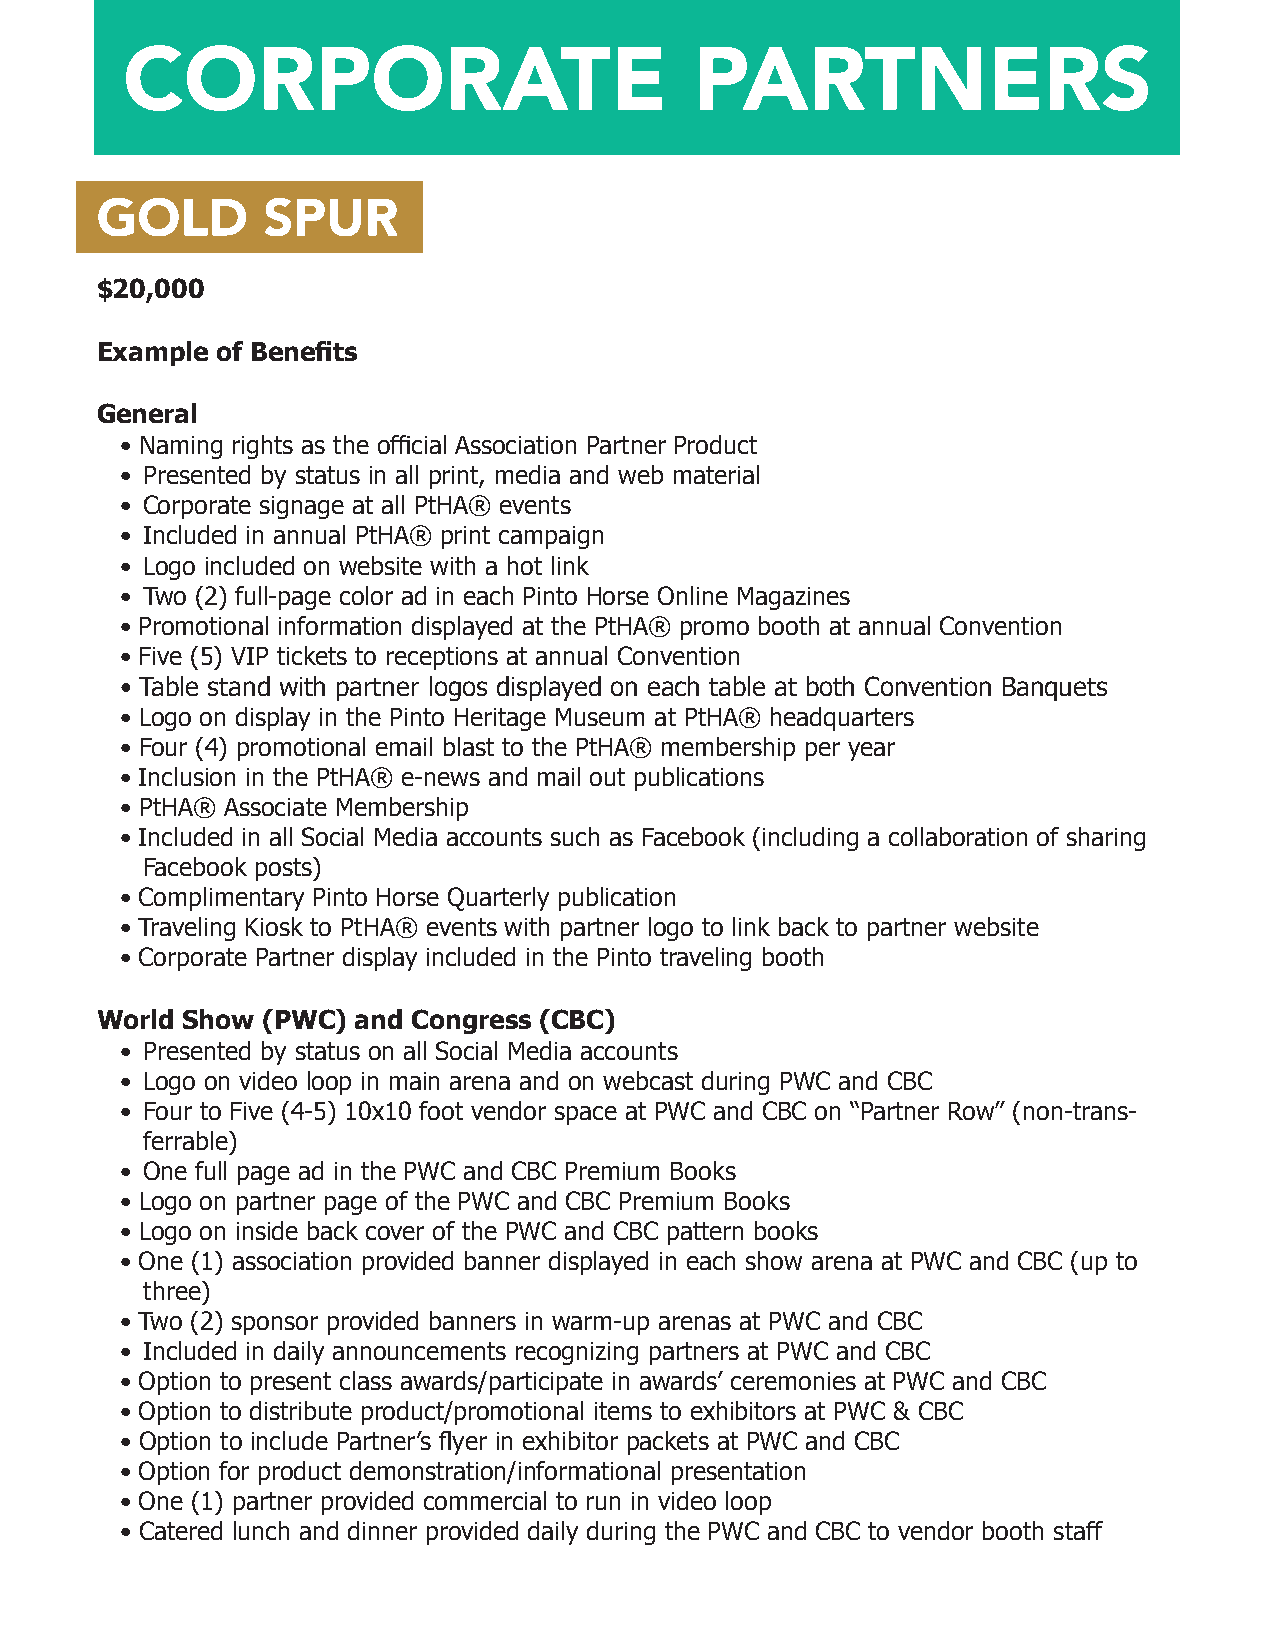
CORPORATE                             PARTNERS
 GOLD       SPUR
 $20,000
 Example of Benefits
 General
 • Naming rights as the official Association Partner Product
 • Presented by status in all print, media and web material
 • Corporate signage at all PtHA® events
 • Included in annual PtHA® print campaign
 • Logo included on website with a hot link
 • Two (2) full-page color ad in each Pinto Horse Online Magazines
 • Promotional information displayed at the PtHA® promo booth at annual Convention
 • Five (5) VIP tickets to receptions at annual Convention
 • Table stand with partner logos displayed on each table at both Convention Banquets
 • Logo on display in the Pinto Heritage Museum at PtHA® headquarters
 • Four (4) promotional email blast to the PtHA® membership per year
 • Inclusion in the PtHA® e-news and mail out publications
 • PtHA® Associate Membership
 • Included in all Social Media accounts such as Facebook (including a collaboration of sharing
 Facebook posts)
 • Complimentary Pinto Horse Quarterly publication
 • Traveling Kiosk to PtHA® events with partner logo to link back to partner website
 • Corporate Partner display included in the Pinto traveling booth
 World Show (PWC)  and Congress (CBC)
 • Presented by status on all Social Media accounts
 • Logo on video loop in main arena and on webcast during PWC and CBC
 • Four to Five (4-5) 10x10 foot vendor space at PWC and CBC on “Partner Row” (non-trans-
 ferrable)
 • One full page ad in the PWC and CBC Premium Books
 • Logo on partner page of the PWC and CBC Premium Books
 • Logo on inside back cover of the PWC and CBC pattern books
 • One (1) association provided banner displayed in each show arena at PWC and CBC (up to
 three)
 • Two (2) sponsor provided banners in warm-up arenas at PWC and CBC
 • Included in daily announcements recognizing partners at PWC and CBC
 • Option to present class awards/participate in awards’ ceremonies at PWC and CBC
 • Option to distribute product/promotional items to exhibitors at PWC & CBC
 • Option to include Partner’s flyer in exhibitor packets at PWC and CBC
 • Option for product demonstration/informational presentation
 • One (1) partner provided commercial to run in video loop
 • Catered lunch and dinner provided daily during the PWC and CBC to vendor booth staff